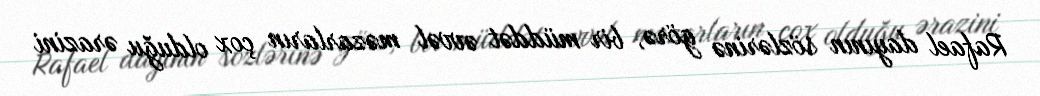
Rafael dayının sözlərinə görə, bir müddət əvvəl məzarların çox olduğu ərazini